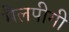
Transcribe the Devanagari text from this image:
मैलपीगी